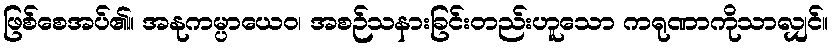
ဖြစ်စေအပ်၏။ အနုကမ္ပာယေဝ၊ အစဉ်သနားခြင်းတည်းဟူသော ကရုဏာကိုသာလျှင်။